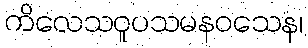
ကိလေသဝူပသမနဝသေန၊